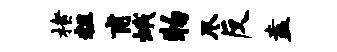
楮粗甫蛾物尽反盍